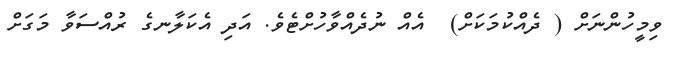
ވިމީހުންނަށް ( ދެއްކުމަކަށް)  އެއް ނުދެއްވާހުށްޓެވެ. އަދި އެކަލާނގެ ރުއްސަވާ މަގަށް